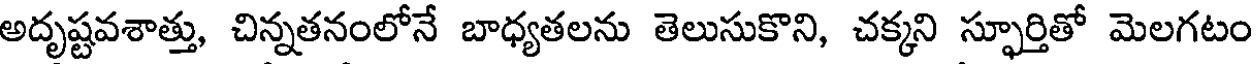
అదృష్టవశాత్తు, చిన్నతనంలోనే బాధ్యతలను తెలుసుకొని, చక్కని స్ఫూర్తితో మెలగటం